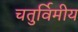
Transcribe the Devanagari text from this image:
चतुर्विमीय